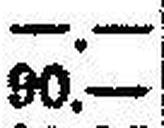
90.—